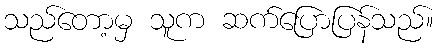
သည်တော့မှ သူက ဆက်ပြောပြန်သည်။